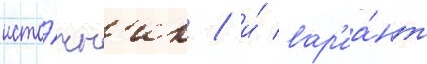
исто́чн'ик / и́ вар'иа́нт